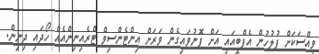
ވިއްސަކަށް ފުލުހުން އެފްބީއައި އަށް ފޮނުވައިގެން ވަރަށް އިންޓެންސިވް ޓްރެއިނިންއެއް ހޯދައި ދިނިން.